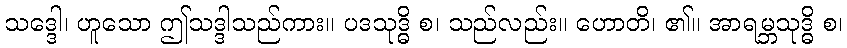
သဒ္ဒေါ၊ ဟူသော ဤသဒ္ဒါသည်ကား။ ပဒသုဒ္ဓိ စ၊ သည်လည်း။ ဟောတိ၊ ၏။ အာရမ္ဘသုဒ္ဓိ စ၊